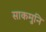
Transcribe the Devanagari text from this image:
साकमुनि